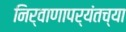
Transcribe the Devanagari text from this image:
निर्वाणापर्यंतच्या